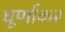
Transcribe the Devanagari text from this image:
घूर्णाकर